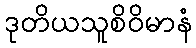
ဒုတိယသူစိဝိမာနံ